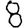
Digit: 8